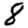
Digit: 8